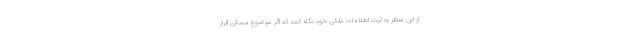
از این منظر به ثبت اطلاعات ملکی خود نگاه کنند که اگر موضوع مسکن قرار